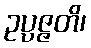
ဥပ္ပဇ္ဇတိ၊